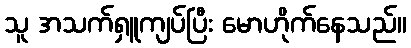
သူ အသက်ရှူကျပ်ပြီး မောဟိုက်နေသည်။